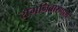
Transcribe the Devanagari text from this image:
रोगनिवारणार्थ